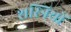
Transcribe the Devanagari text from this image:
शस्त्रियों